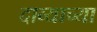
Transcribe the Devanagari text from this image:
दाव्याच्या